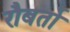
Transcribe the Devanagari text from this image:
रौबर्तो